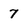
Character: 7